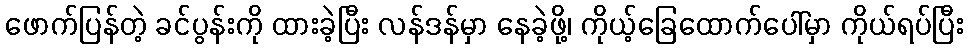
ဖောက်ပြန်တဲ့ ခင်ပွန်းကို ထားခဲ့ပြီး လန်ဒန်မှာ နေခဲ့ဖို့၊ ကိုယ့်ခြေထောက်ပေါ်မှာ ကိုယ်ရပ်ပြီး